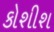
કોશીશ